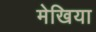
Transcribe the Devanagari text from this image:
मेखिया